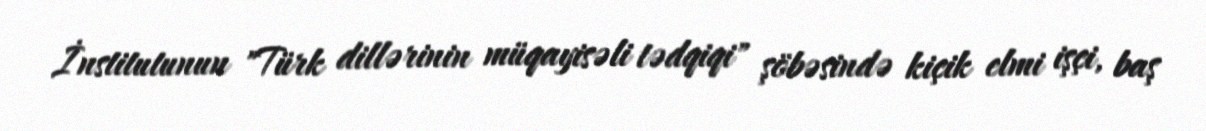
İnstitutunun "Türk dillərinin müqayisəli tədqiqi" şöbəsində kiçik elmi işçi, baş